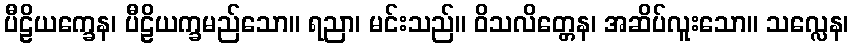
ပီဠိယက္ခေန၊ ပီဠိယက္ခမည်သော။ ရညာ၊ မင်းသည်။ ဝိသလိတ္တေန၊ အဆိပ်လူးသော။ သလ္လေန၊